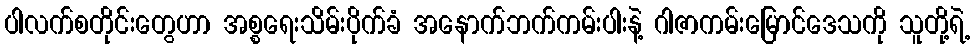
ပါလက်စတိုင်းတွေဟာ အစ္စရေးသိမ်းပိုက်ခံ အနောက်ဘက်ကမ်းပါးနဲ့ ဂါဇာကမ်းမြောင်ဒေသကို သူတို့ရဲ့